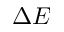
\Delta E